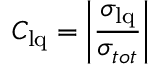
C _ { \mathrm { l q } } = \bigg | \frac { \sigma _ { \mathrm { l q } } } { \sigma _ { t o t } } \bigg |